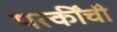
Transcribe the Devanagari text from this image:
पत्कींची